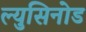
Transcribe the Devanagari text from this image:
ल्युसिनोड